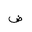
Letter: _dad